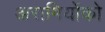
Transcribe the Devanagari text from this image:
अरामियोंको